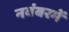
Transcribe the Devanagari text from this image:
नवंबरमें